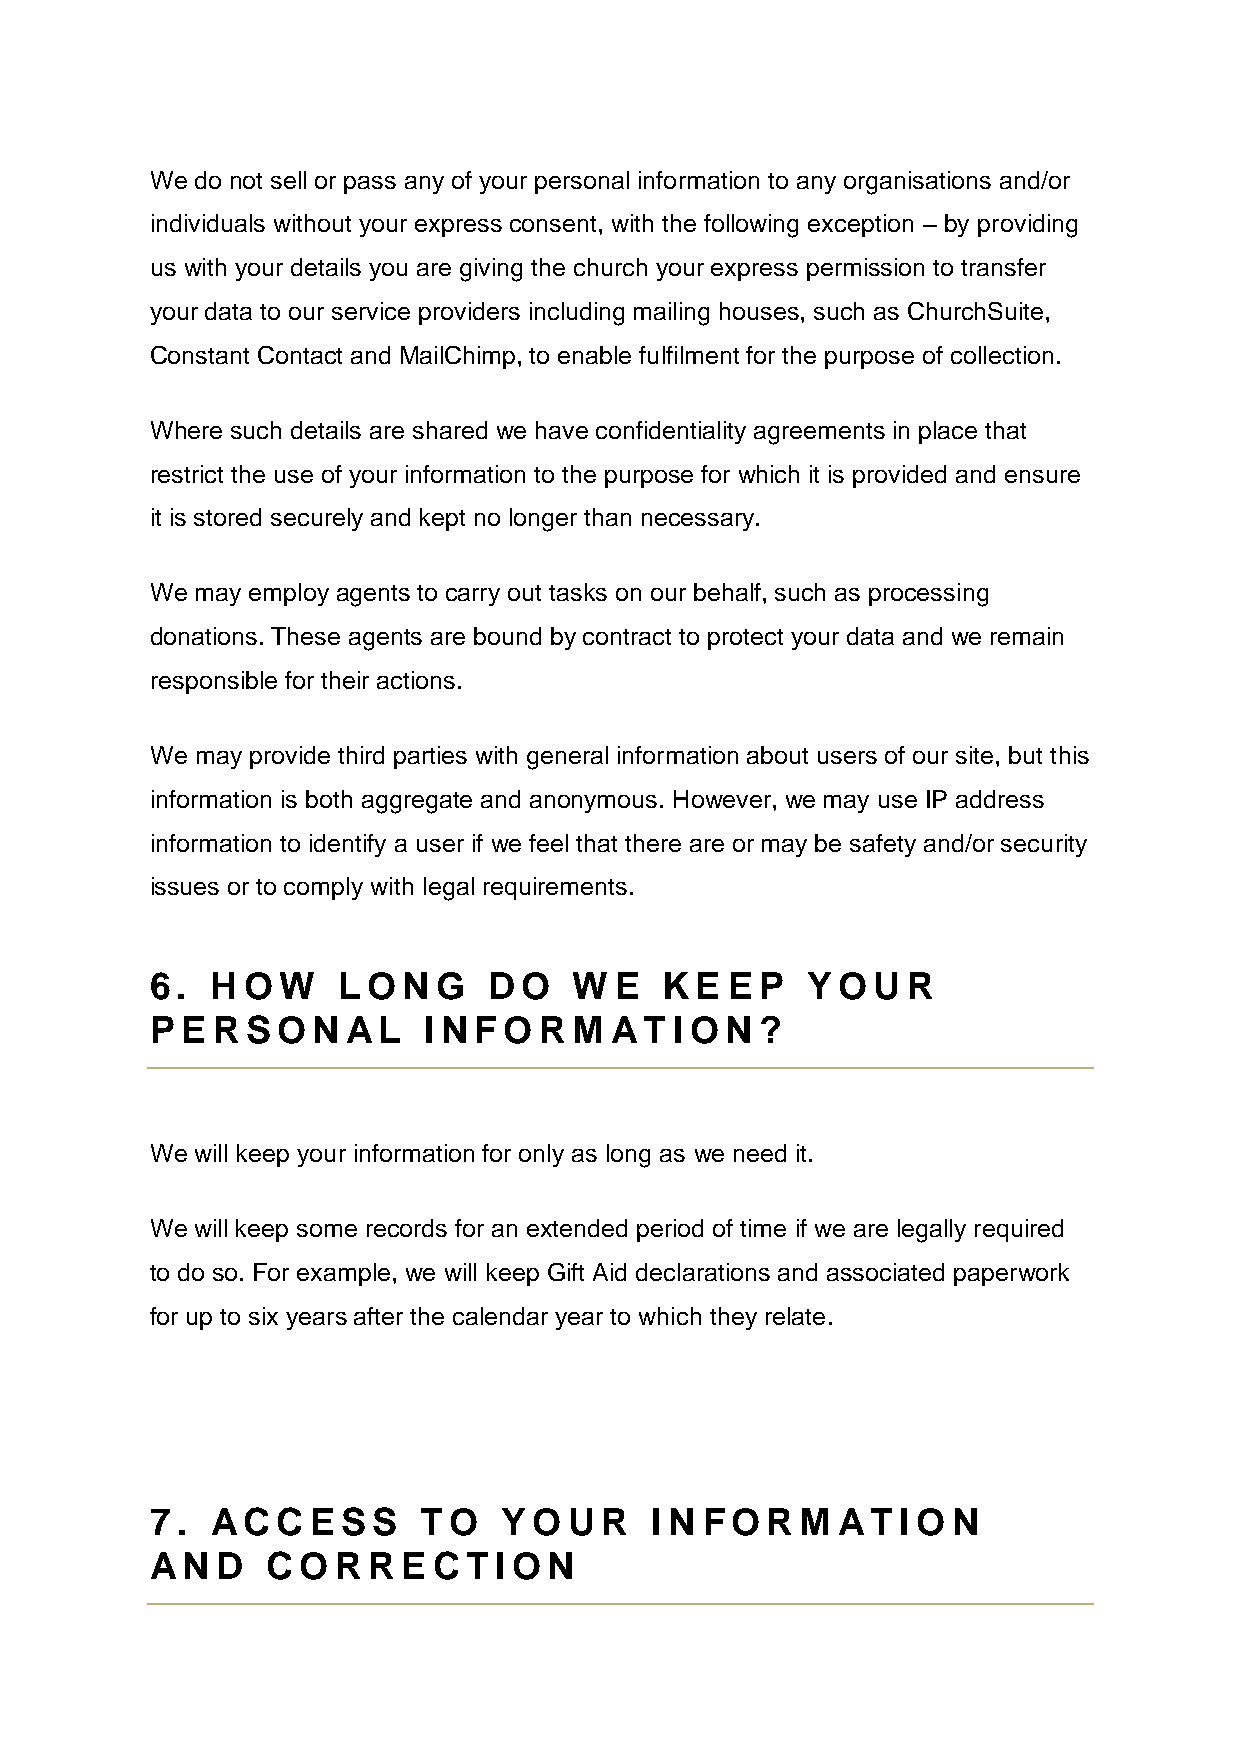
We do not sell or pass any of your personal information to any organisations and/or
 individuals without your express consent, with the following exception – by providing
 us with your details you are giving the church your express permission to transfer
 your data to our service providers including mailing houses, such as ChurchSuite,
 Constant Contact and MailChimp, to enable fulfilment for the purpose of collection.
 Where such details are shared we have confidentiality agreements in place that
 restrict the use of your information to the purpose for which it is provided and ensure
 it is stored securely and kept no longer than necessary.
 We may employ agents to carry out tasks on our behalf, such as processing
 donations. These agents are bound by contract to protect your data and we remain
 responsible for their actions.
 We may provide third parties with general information about users of our site, but this
 information is both aggregate and anonymous. However, we may use IP address
 information to identify a user if we feel that there are or may be safety and/or security
 issues or to comply with legal requirements.
 6.  HOW     LONG      DO    W  E  KE  EP   YOUR
 PERSON       AL   INFO    RM  AT   ION?
 We will keep your information for only as long as we need it.
 We will keep some records for an extended period of time if we are legally required
 to do so. For example, we will keep Gift Aid declarations and associated paperwork
 for up to six years after the calendar year to which they relate.
 7.  ACCESS        TO   YOUR      I N FORM     ATION
 AN  D   CORRECTION